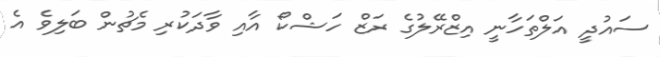
ސައުދީ އަލްތަހާނީ އިޒްރޭލުގެ ރަޒް ހަޝްކޯ އާއި ވާދަކުރި މެޗުން ބަލިވެ އެ